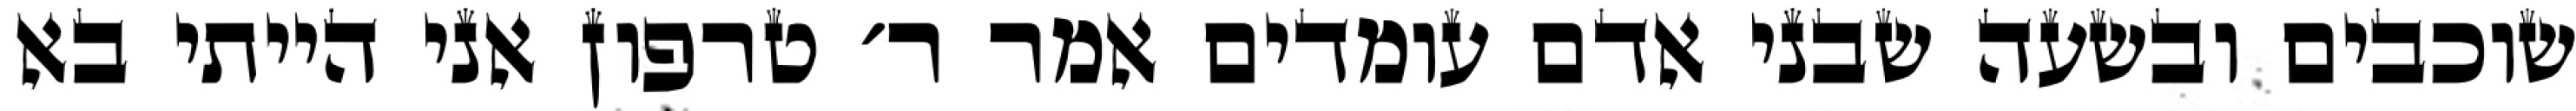
שוכבים ובשעה שבני אדם עומדים אמר ר׳ טרפון אני הייתי בא